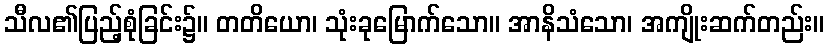
သီလ၏ပြည့်စုံခြင်း၌။ တတိယော၊ သုံးခုမြောက်သော။ အာနိသံသော၊ အကျိုးဆက်တည်း။